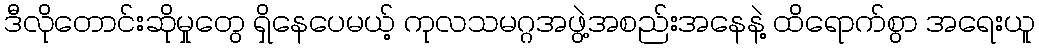
ဒီလိုတောင်းဆိုမှုတွေ ရှိနေပေမယ့် ကုလသမဂ္ဂအဖွဲ့အစည်းအနေနဲ့ ထိရောက်စွာ အရေးယူ